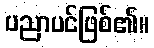
ပညာပင်ဖြစ်၏။